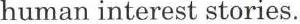
human interest stories.